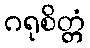
ဂရုစိတ္တံ